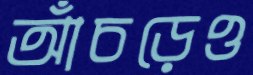
আঁচড়েও